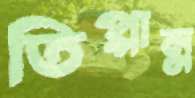
তিপ্পান্ন